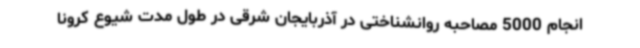
انجام 5000 مصاحبه روانشناختی در آذربایجان شرقی در طول مدت شیوع کرونا